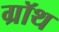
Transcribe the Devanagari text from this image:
ग्रॉथ